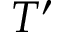
T ^ { \prime }